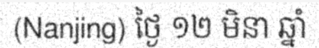
(Nanjing) ថ្ងៃ ១២ មិនា ឆ្នាំ